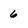
Character: 6